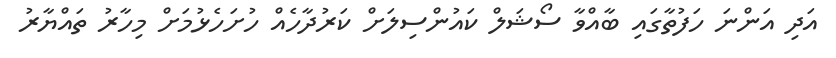
އަދި އަންނަ ހަފުތާގައި ބާއްވާ ސޯޝަލް ކައުންސިލަށް ކަރުދާހެއް ހުށަހެޅުމަށް މިހާރު ތައްޔާރު